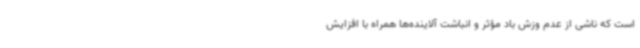
است که ناشی از عدم وزش باد مؤثر و انباشت آلاینده‌ها همراه با افزایش